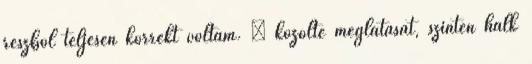
részből teljesen korrekt voltam. – közölte meglátását, szintén halk